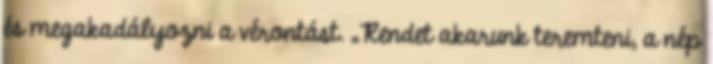
és megakadályozni a vérontást. „Rendet akarunk teremteni, a nép